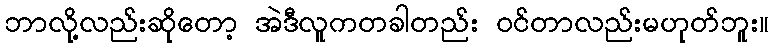
ဘာလို့လည်းဆိုတော့ အဲဒီလူကတခါတည်း ဝင်တာလည်းမဟုတ်ဘူး။